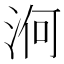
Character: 𣵣